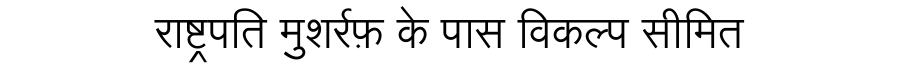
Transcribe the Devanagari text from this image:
राष्ट्रपति मुशर्रफ़ के पास विकल्प सीमित